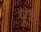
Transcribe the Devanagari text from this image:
पूष्ठ